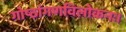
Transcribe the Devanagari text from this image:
गोष्ठांगणविलोकनः।